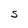
Character: s